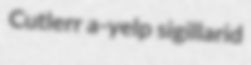
Cutlerr a-yelp sigillarid